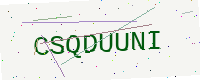
Text: CSQDUUNI